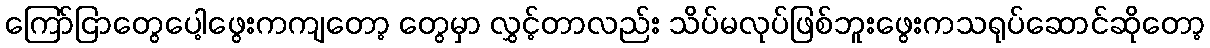
ကြော်ငြာတွေပေါ့ဖွေးကကျတော့ တွေမှာ လွှင့်တာလည်း သိပ်မလုပ်ဖြစ်ဘူးဖွေးကသရုပ်ဆောင်ဆိုတော့